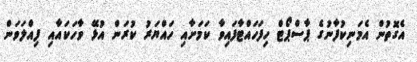
އެގޮތުން އެމަނިކުފާނުގެ ޕާސްޕޯޓް ހިފަހައްޓާފައިވާ ކަމަށާއި ހައްޔަރު ކުރަން އުޅޭ ވާހަކައާއި ފިއްލަވަން